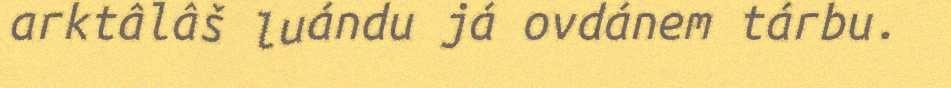
arktâlâš luándu já ovdánem tárbu.